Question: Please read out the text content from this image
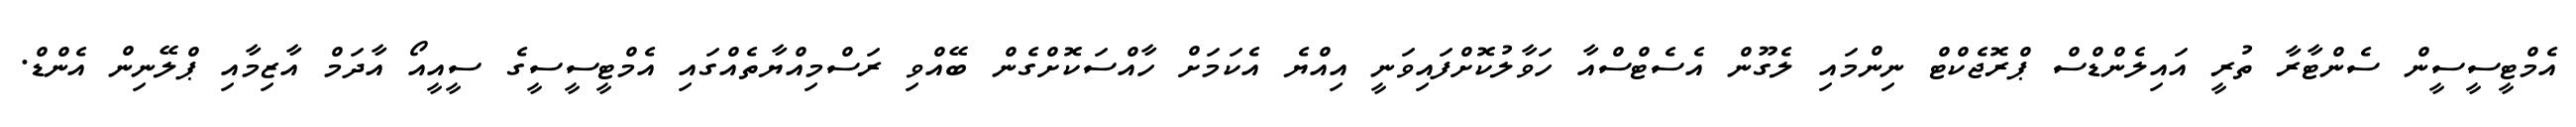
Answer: އެމްޓީސީސީން ސެންޓާރާ ތުރީ އައިލެންޑްސް ޕްރޮޖެކްޓް ނިންމައި ލެގޫން އެސެޓްސްއާ ހަވާލުކޮށްފައިވަނީ އިއްޔެ އެކަމަށް ހާއްސަކޮށްގެން ބޭއްވި ރަސްމިއްޔާތެއްގައި އެމްޓީސީސީގެ ސީއީއޯ އާދަމް އާޒިމާއި ޕްލޭނިން އެންޑް.